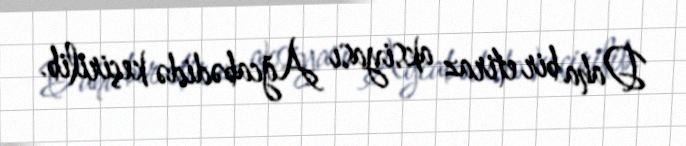
Daha bir etiraz aksiyası Ağcabədidə keçirilib.